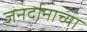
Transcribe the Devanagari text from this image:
जनर्दानाच्या